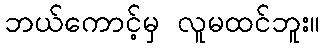
ဘယ်ကောင့်မှ လူမထင်ဘူး။